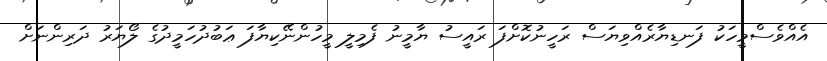
އެއްވެސްމީހަކު ފަނޑިޔާރެއްވިޔަސް ރަހީނުކޮށްފަ ރައީސު ޔާމީނު ފެމިލީ މީހުންނޭކިޔާފަ ޢަބުދުހަމީދުގެ ލޯޔަރު ދަރިންނަށް